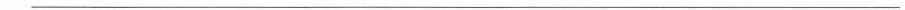
___